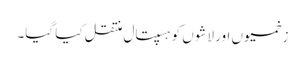
زخمیوں اور لاشوں کو ہسپتال منتقل کیا گیا۔